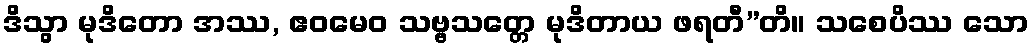
ဒိသွာ မုဒိတော အဿ, ဧဝမေဝ သဗ္ဗသတ္တေ မုဒိတာယ ဖရတီ”တိ။ သစေပိဿ သော